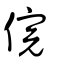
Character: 俒